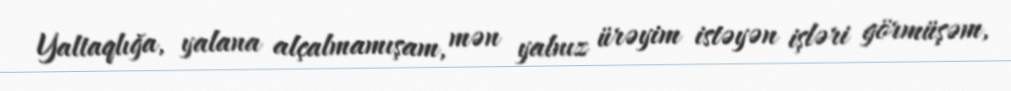
Yaltaqlığa, yalana alçalmamışam, mən yalnız ürəyim istəyən işləri görmüşəm,